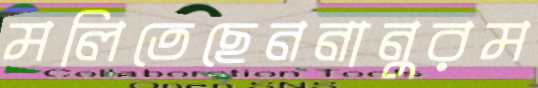
মলিতেছেননানুরম